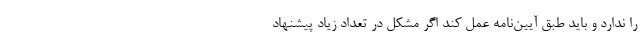
را ندارد و باید طبق آیین‌نامه عمل کند اگر مشکل در تعداد زیاد پیشنهاد